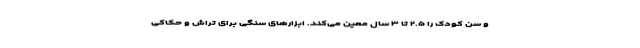
و سن کودک را ۲.۵ تا ۳ سال معین می‌کند. ابزارهای سنگی برای تراش و حکاکی